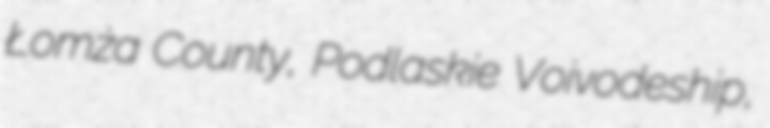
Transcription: Łomża County, Podlaskie Voivodeship,